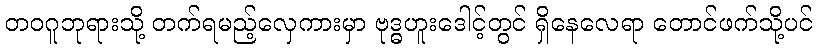
တဝဂူဘုရားသို့ တက်ရမည့်လှေကားမှာ ဗုဒ္ဓဟူးဒေါင့်တွင် ရှိနေလေရာ တောင်ဖက်သို့ပင်